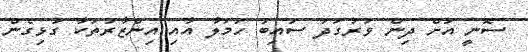
ސޮނީ އަށް ދިން ވަރުގަދަ ސައިބަ ހަމަލާ އާއި އިންޒާރުތަކާ ގުޅިގެން